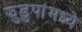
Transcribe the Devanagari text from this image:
झुडुपांमध्ये